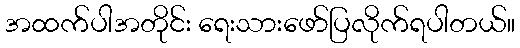
အထက်ပါအတိုင်း ရေးသားဖော်ပြလိုက်ရပါတယ်။